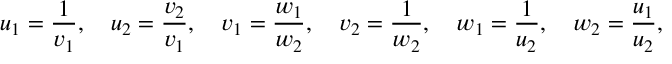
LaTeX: u _ { 1 } = { \frac { 1 } { v _ { 1 } } } , \quad u _ { 2 } = { \frac { v _ { 2 } } { v _ { 1 } } } , \quad v _ { 1 } = { \frac { w _ { 1 } } { w _ { 2 } } } , \quad v _ { 2 } = { \frac { 1 } { w _ { 2 } } } , \quad w _ { 1 } = { \frac { 1 } { u _ { 2 } } } , \quad w _ { 2 } = { \frac { u _ { 1 } } { u _ { 2 } } } ,